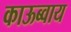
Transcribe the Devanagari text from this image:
काऊब्वाय